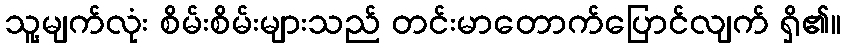
သူ့မျက်လုံး စိမ်းစိမ်းများသည် တင်းမာတောက်ပြောင်လျက် ရှိ၏။